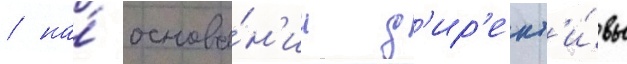
/ на́ основа́н'ии д'ир'ект'и́вы